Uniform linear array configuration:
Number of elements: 48
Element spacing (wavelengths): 0.25
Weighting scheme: hamming
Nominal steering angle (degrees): -15
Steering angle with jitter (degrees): -13.911
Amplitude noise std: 0.05
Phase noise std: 0.05

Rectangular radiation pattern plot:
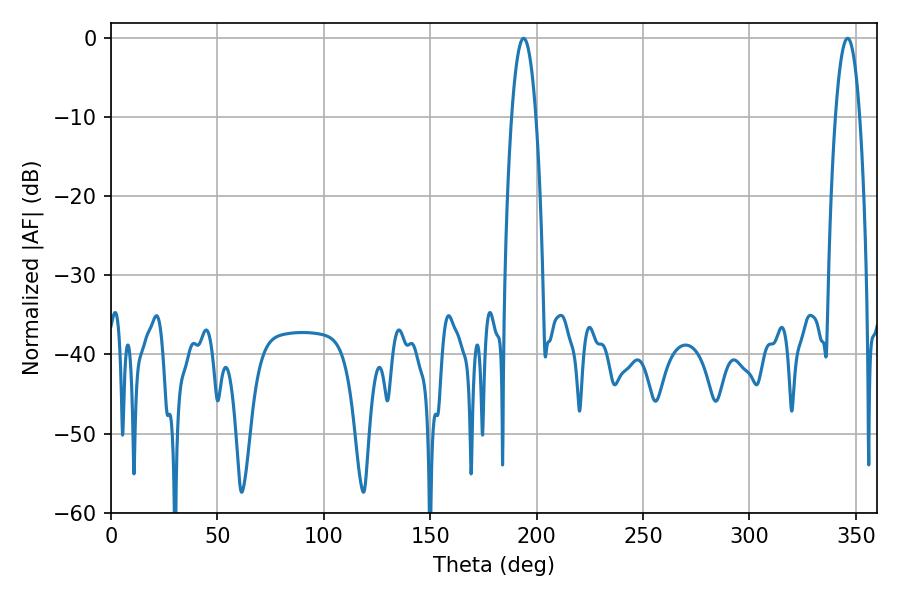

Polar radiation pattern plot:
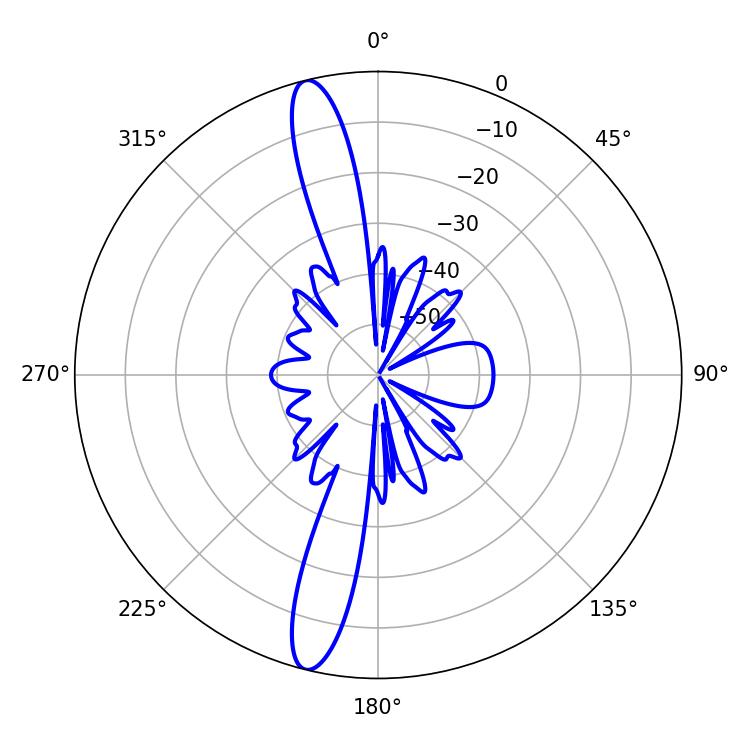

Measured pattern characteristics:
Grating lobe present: FALSE
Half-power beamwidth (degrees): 6.3
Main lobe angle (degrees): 193.86